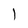
Character: l